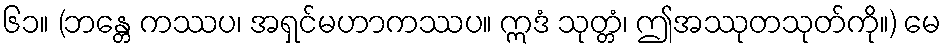
၆၁။ (ဘန္တေ ကဿပ၊ အရှင်မဟာကဿပ။ ဣဒံ သုတ္တံ၊ ဤအဿုတသုတ်ကို။) မေ